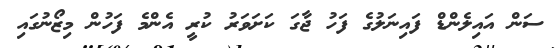
ސަން އައިލެންޑް ފައިނަލުގެ ފަހު ޖާގަ ކަށަވަރު ކުރީ އެންމެ ފަހުން މިޒޯނުގައި